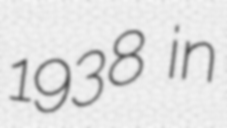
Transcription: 1938 in